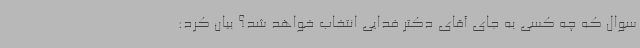
سوال که چه کسی به جای آقای دکتر فدایی انتخاب خواهد شد؟ بیان کرد: